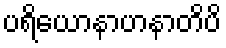
ပရိယောနာဟနာတိပိ